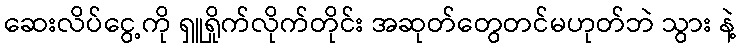
ဆေးလိပ်ငွေ့ကို ရှူရှိုက်လိုက်တိုင်း အဆုတ်တွေတင်မဟုတ်ဘဲ သွား နဲ့